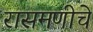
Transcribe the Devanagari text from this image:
रासमणीचे